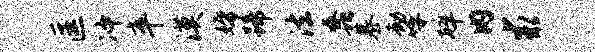
匡冲卒漠婚蹄法蠡慕劫呼碎内求